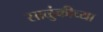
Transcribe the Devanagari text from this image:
साळुंकीच्या